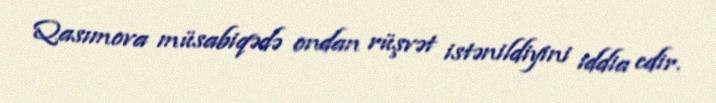
Qasımova müsabiqədə ondan rüşvət istənildiyini iddia edir.